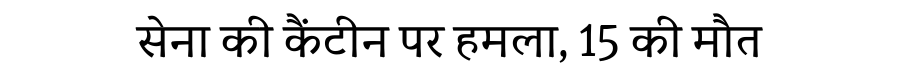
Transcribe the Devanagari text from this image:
सेना की कैंटीन पर हमला, 15 की मौत